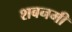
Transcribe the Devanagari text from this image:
शबनमी